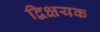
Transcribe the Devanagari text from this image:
द्विक्षयक